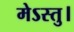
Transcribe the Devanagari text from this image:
मेऽस्तु।